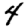
Digit: 4